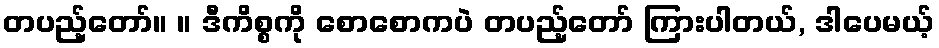
တပည့်တော်။ ။ ဒီကိစ္စကို စောစောကပဲ တပည့်တော် ကြားပါတယ်, ဒါပေမယ့်